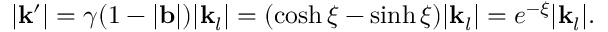
| \mathbf { k } ^ { \prime } | = \gamma ( 1 - | \mathbf { b } | ) | \mathbf { k } _ { l } | = ( \cosh \xi - \sinh \xi ) | \mathbf { k } _ { l } | = e ^ { - \xi } | \mathbf { k } _ { l } | .